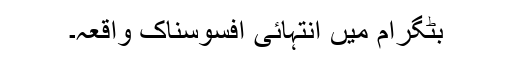
بٹگرام میں انتہائی افسوسناک واقعہ۔